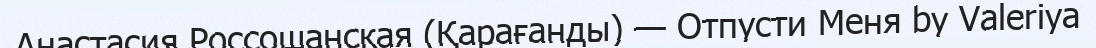
Анастасия Россошанская (Қарағанды) — Отпусти Меня by Valeriya